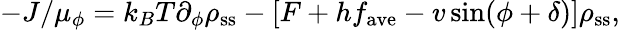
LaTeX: -J/\mu_{\phi}=k_{B}T\partial_{\phi}\rho_{\mathrm{ss}}-\left[F+hf_{\mathrm{ave}}-v\sin(\phi+\delta)\right]\rho_{\mathrm{ss}},